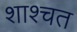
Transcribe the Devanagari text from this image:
शाश्चत